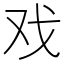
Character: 戏